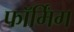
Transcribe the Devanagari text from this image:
फॉर्मिंग